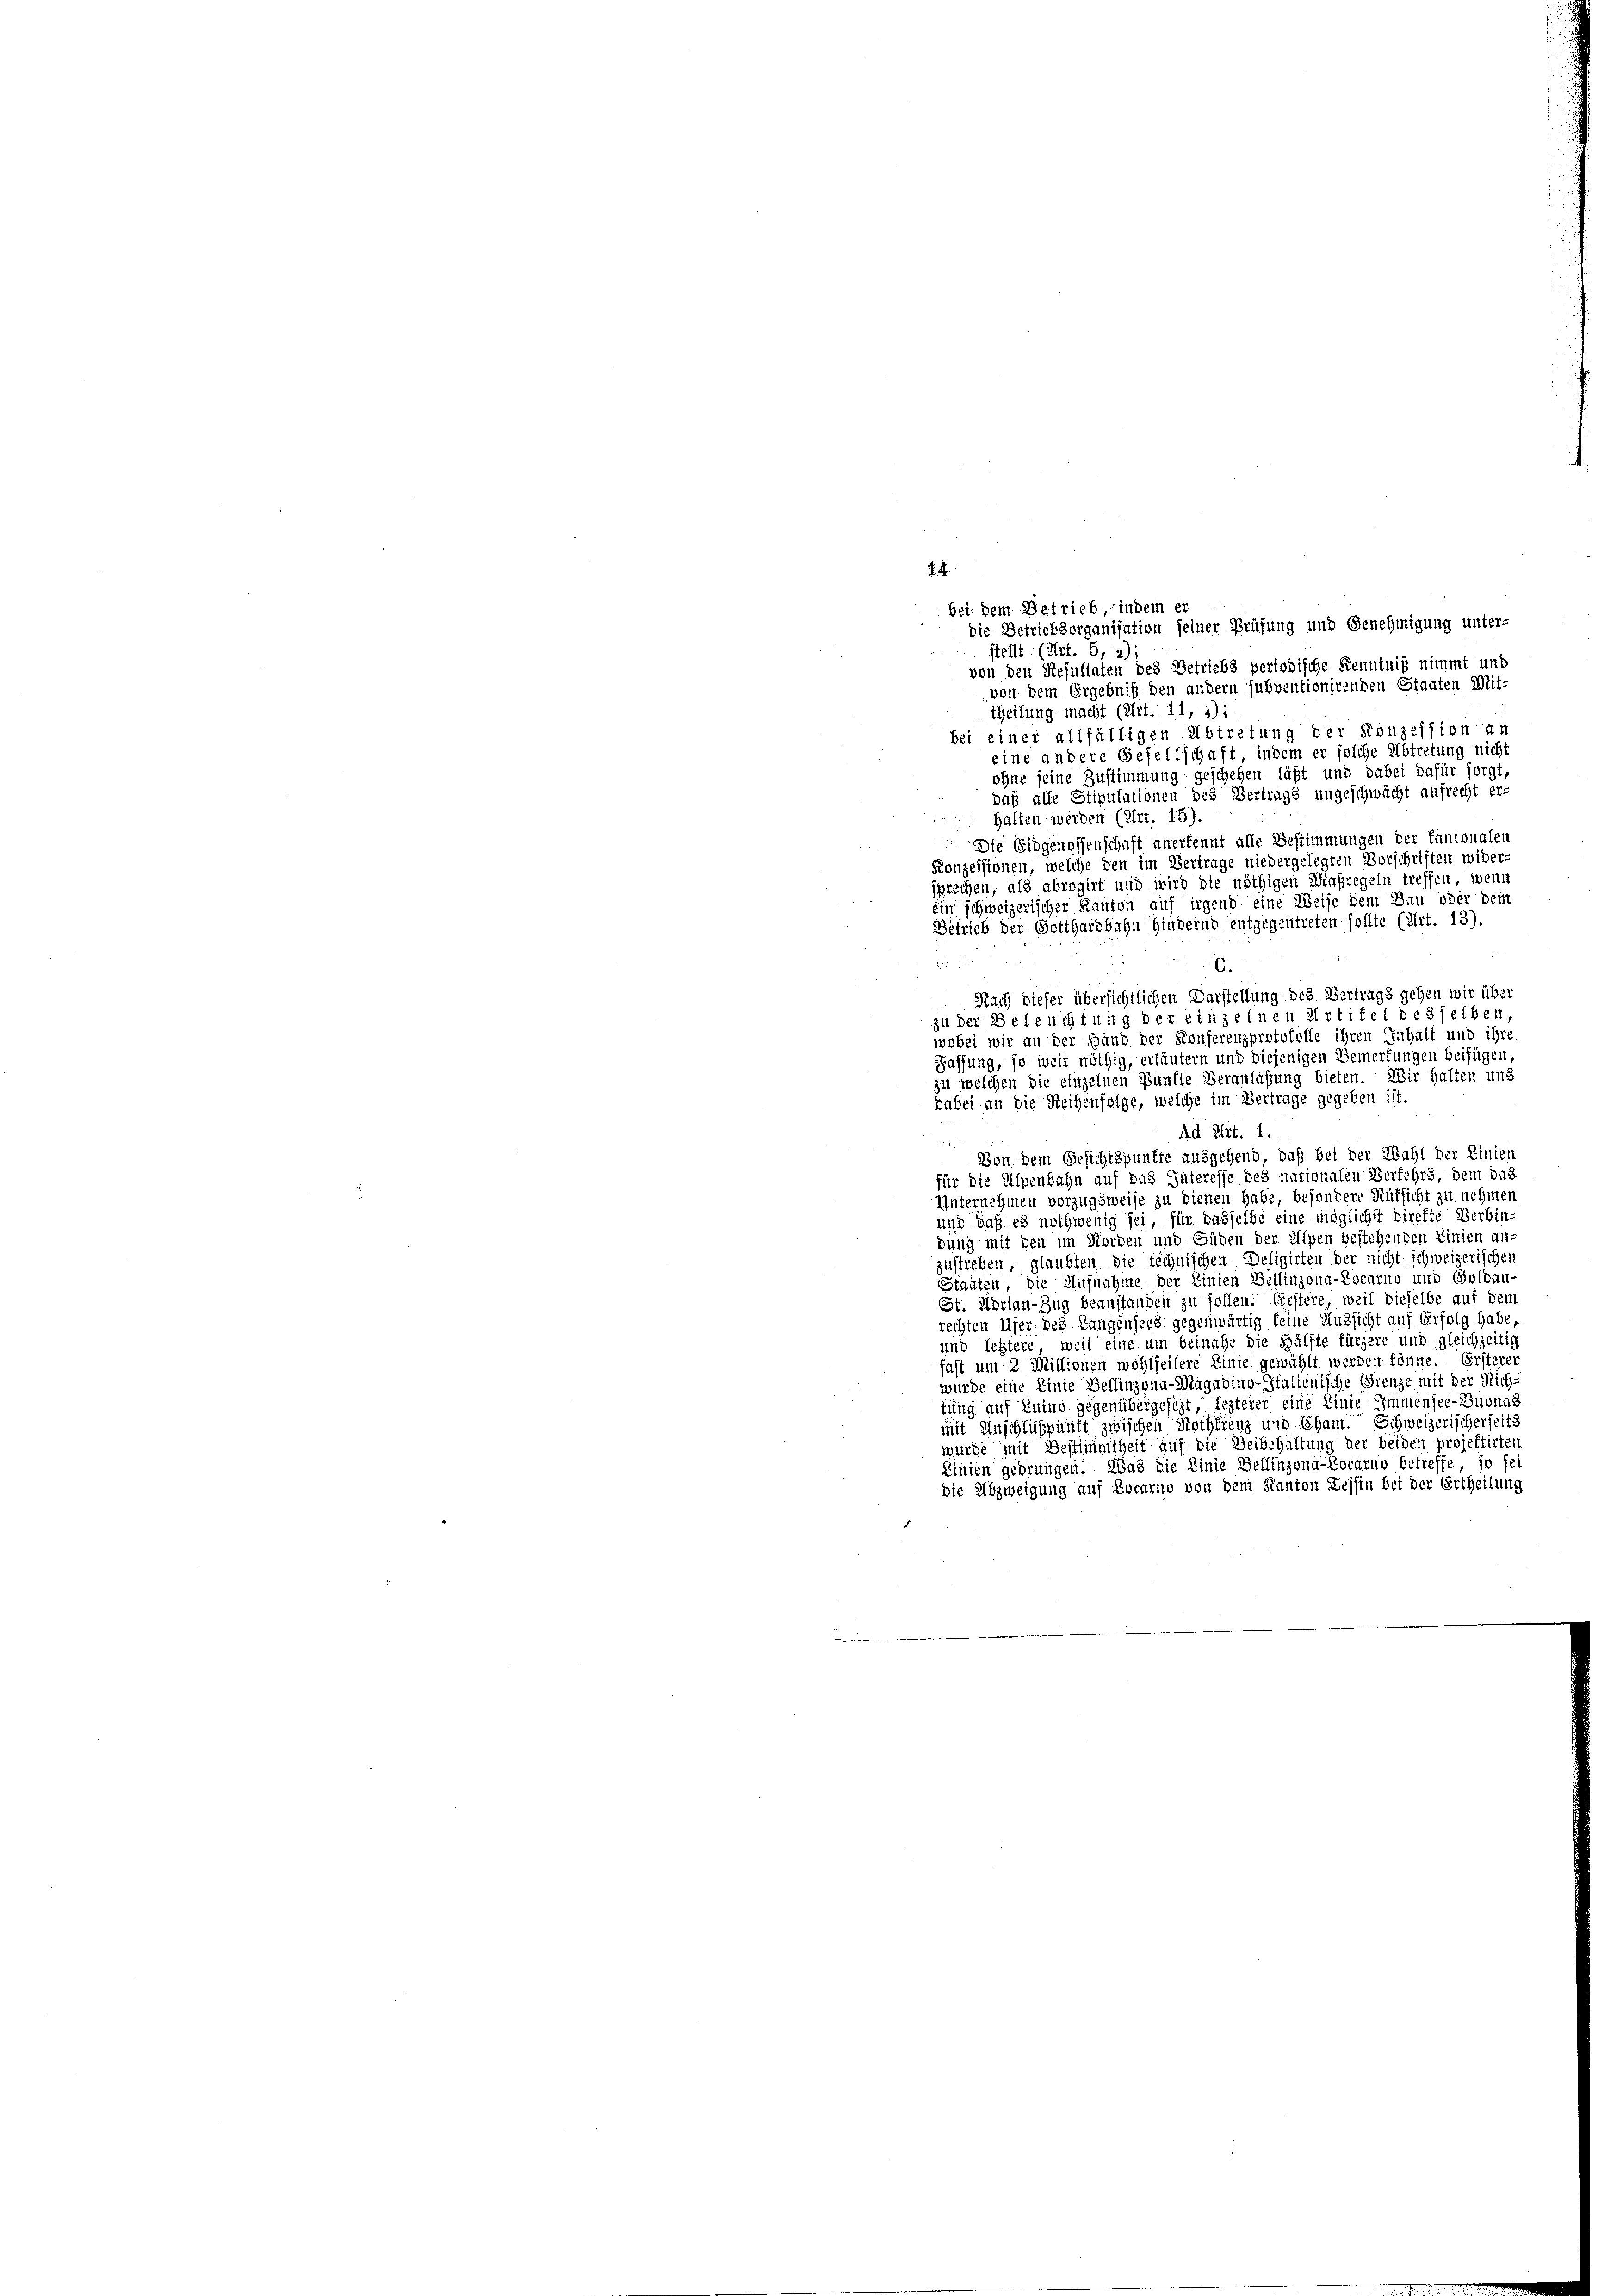
die Betriebzorganisation seiner Prüfung und Genehmigung unter-
stellt. (Art. 5, 2);
von den Resultaten des Betriebs periodische Kenntniß nimmt und
von dem Ergebniß den andern subventionirenden Staaten Mit-
theilung macht (Art. 11, 4):
bei einer allfälligen Abtretung der Konzession an
eine andere Gesellschaft, indem er solche Abtretung nicht
ohne seine Zustimmung geschehen läßt und dabei dafür sorgt
Daß alle Stipulationen des Vertrags ungeschwächt aufrecht er-
 Halten werden (Art. 15)
 Die Eidgenossenschaft anerkennt alle Bestimmungen der Kantonalen
Konzessionen, welche den im Vertrage niedergelegten Vorschriften wider-
sprechen, als abrogirt und wird die nöthigen Maßregeln treffen, wenn
ein schweizerischer Kanton auf irgend eine Weise dem Bau oder dem
Betrieb der Gotthardbahn Hindernd entgegentreten sollte (Art. 13).

6
Nach dieser übersichtlichen Darstellung des Vertrags gehen wir über
zu der Beleuchtung der einzelnen Artitel desselben,
wobei wir an der Hand der Konferenzprotokolle ihren Inhalt und ihre
Fassung, so weit nöthig, erläutern und diejenigen Bemerkungen beifügen,
zu welchen die einzelnen Künfte Veranlaßung bieten. Wir halten und
dabei an die Reihenfolge, welche im Vertrage gegeben ist.
Ad Lit. 1.
2 x
Von dem Gesichtspunkte ausgehend, daß bei der Wahl der Linien
für die Alpenbahn auf das Interesse des nationalen Verfehrs, dem das
Unternehmen vorzugsweise zu dienen habe, besondere Aufsicht zu nehmen
und daß es nothwenig sei, für dasselbe eine möglichst direkte Verbin-
dung mit den im Norden und Süden der Alpen bestehenden Linien an-
zustreben, glaubten die technischen Deligirten der nicht schweizerischen
Staaten, die Aufnahme der Linien Bellinzona-Locarno und Goldau-
St. Morian-Zug beauftanden zu sollen. Erstere, weil dieselbe auf dem
rechten Ufer des Langensees gegenwärtig feine Aussicht auf Erfolg habe,
und letztere, weil eine um beinahe die Hälfte fürzere und gleichzeitig
fast um 2 Millionen wohlfeilere Linie gewählt werden könne. Ersterer
wurde eine Linie Bellinzoin-Magadino-Italienische Grenze mit der Rich-
tung auf Luino gegenübergeseht, lezterer eine Linie Immensee-Buonas
mit Anschlußpunft zwischen Rothkreuz und Cham. Schweizerischerseits
wurde mit Bestimmtheit auf die Beibehaltung der beiden projektirten
Linien gedrungen. Was die Linie Bellinzona-Locarno betreffe, so fei
die Abzweigung auf Locarno von dem Kanton Zessin bei der Ertheilung

. .

bei dem Betrieb, indem er